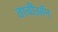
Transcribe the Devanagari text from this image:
ताचीऑन